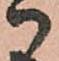
御